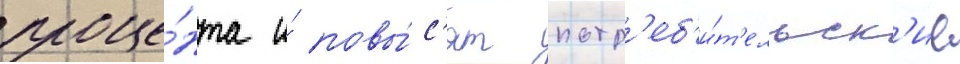
проце́нта и́ повы́с'ят потр'еб'и́т'ельск'ие